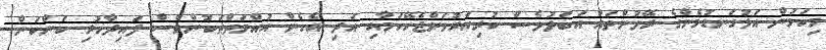
މިކަމުން އަޅުގަނޑުމެންގެ ރޭވުންތައް އަބަދުވެސް ކުރިއަރުވަންޖެހޭކަމާއި އަދި އެހެން އުއްމަތްތަކުންވެސް ފައިދާހުރި ކަންކަން